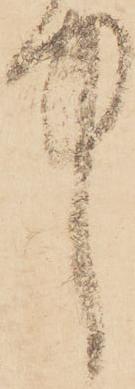
中